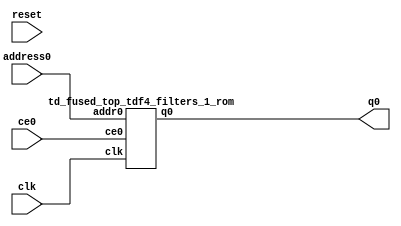
`define EXPONENT 5
`define MANTISSA 10
`define ACTUAL_MANTISSA 11
`define EXPONENT_LSB 10
`define EXPONENT_MSB 14
`define MANTISSA_LSB 0
`define MANTISSA_MSB 9
`define MANTISSA_MUL_SPLIT_LSB 3
`define MANTISSA_MUL_SPLIT_MSB 9
`define SIGN 1
`define SIGN_LOC 15
`define DWIDTH (`SIGN+`EXPONENT+`MANTISSA)
`define IEEE_COMPLIANCE 1

module td_fused_top_tdf4_filters_1(
    reset,
    clk,
    address0,
    ce0,
    q0);

parameter DataWidth = 32'd64;
parameter AddressRange = 32'd1152;
parameter AddressWidth = 32'd11;
input reset;
input clk;
input[AddressWidth - 1:0] address0;
input ce0;
output[DataWidth - 1:0] q0;



td_fused_top_tdf4_filters_1_rom td_fused_top_tdf4_filters_1_rom_U(
    .clk( clk ),
    .addr0( address0 ),
    .ce0( ce0 ),
    .q0( q0 )
);

endmodule
  module td_fused_top_tdf4_filters_1_rom (
addr0, ce0, q0, clk);

parameter DWIDTH = 64;
parameter AWIDTH = 11;
parameter MEM_SIZE = 1152;

input[AWIDTH-1:0] addr0;
input ce0;
output reg[DWIDTH-1:0] q0;
input clk;

 reg [DWIDTH-1:0] ram[MEM_SIZE-1:0];

//initial begin
//    $readmemh("./td_fused_top_tdf4_filters_1_rom.dat", ram);
//end



always @(posedge clk)  
begin 
    if (ce0) 
    begin
        q0 <= ram[addr0];
    end
end



endmodule